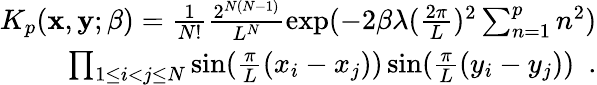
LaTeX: \begin{array}{r}{K_{p}({\mathbf x},{\mathbf y};\beta)=\frac{1}{N!}\frac{2^{N(N-1)}}{L^{N}}\exp(-2\beta\lambda(\frac{2\pi}{L})^{2}\sum_{n=1}^{p}n^{2})}\\ {\prod_{1\le i<j\le N}\sin(\frac{\pi}{L}(x_{i}-x_{j}))\sin(\frac{\pi}{L}(y_{i}-y_{j}))~~.}\end{array}